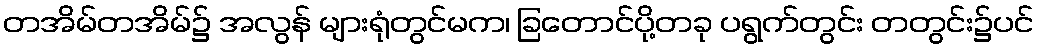
တအိမ်တအိမ်၌ အလွန် များရုံတွင်မက၊ ခြတောင်ပို့တခု ပရွက်တွင်း တတွင်း၌ပင်